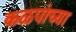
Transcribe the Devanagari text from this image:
कळपांच्या